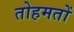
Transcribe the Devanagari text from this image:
तोहमतों